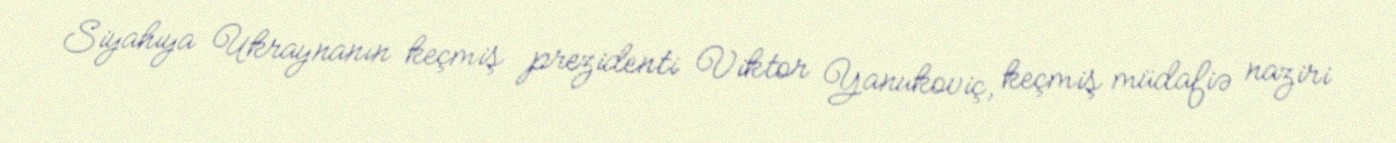
Siyahıya Ukraynanın keçmiş prezidenti Viktor Yanukoviç, keçmiş müdafiə naziri